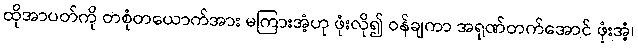
ထိုအာပတ်ကို တစုံတယောက်အား မကြားအံ့ဟု ဖုံးလို၍ ဝန်ချကာ အရုဏ်တက်အောင် ဖုံးအံ့၊